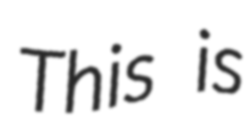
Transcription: This is